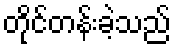
တိုင်တန်းခဲ့သည်